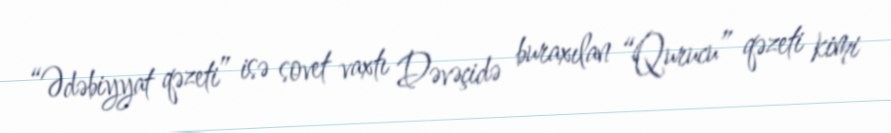
“Ədəbiyyat qəzeti” isə sovet vaxtı Dəvəçidə buraxılan “Qurucu” qəzeti kimi